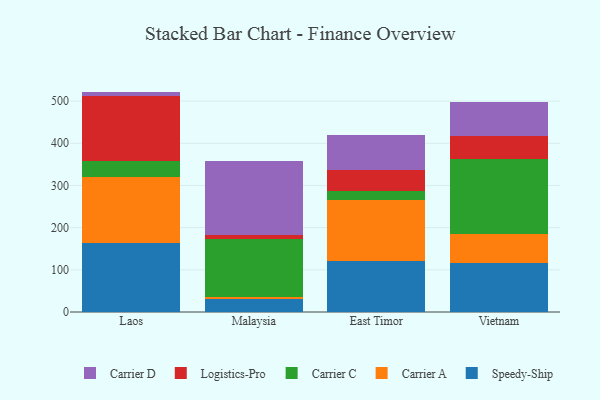
{"axis": {"x": "Country", "y": "Bounce Rate (%)"}, "legend": ["Carrier A", "Carrier C", "Carrier D", "Logistics-Pro", "Speedy-Ship"], "data": [{"x": "Laos", "y": 162.8, "type": "Speedy-Ship"}, {"x": "Laos", "y": 156.5, "type": "Carrier A"}, {"x": "Laos", "y": 38.8, "type": "Carrier C"}, {"x": "Laos", "y": 152.8, "type": "Logistics-Pro"}, {"x": "Laos", "y": 11.6, "type": "Carrier D"}, {"x": "Malaysia", "y": 30.4, "type": "Speedy-Ship"}, {"x": "Malaysia", "y": 5.9, "type": "Carrier A"}, {"x": "Malaysia", "y": 136.6, "type": "Carrier C"}, {"x": "Malaysia", "y": 10.8, "type": "Logistics-Pro"}, {"x": "Malaysia", "y": 173.7, "type": "Carrier D"}, {"x": "East Timor", "y": 122.0, "type": "Speedy-Ship"}, {"x": "East Timor", "y": 144.1, "type": "Carrier A"}, {"x": "East Timor", "y": 20.6, "type": "Carrier C"}, {"x": "East Timor", "y": 49.3, "type": "Logistics-Pro"}, {"x": "East Timor", "y": 83.0, "type": "Carrier D"}, {"x": "Vietnam", "y": 115.0, "type": "Speedy-Ship"}, {"x": "Vietnam", "y": 70.5, "type": "Carrier A"}, {"x": "Vietnam", "y": 178.2, "type": "Carrier C"}, {"x": "Vietnam", "y": 53.6, "type": "Logistics-Pro"}, {"x": "Vietnam", "y": 81.1, "type": "Carrier D"}]}